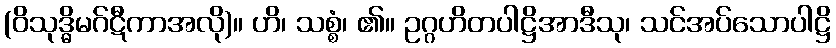
(ဝိသုဒ္ဓိမဂ်ဋီကာအလို)။ ဟိ၊ သစ္စံ၊ ၏။ ဥဂ္ဂဟိတပါဋ္ဌိအာဒီသု၊ သင်အပ်သောပါဋ္ဌိ